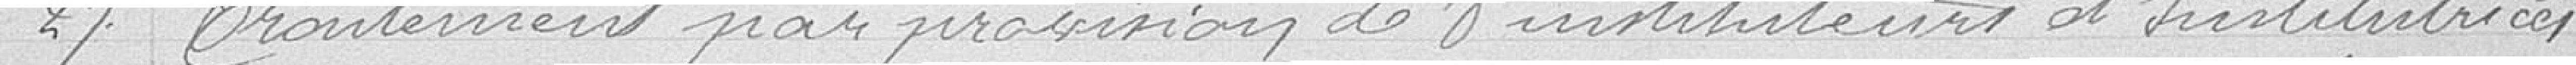
27 Traitement par provision de 8 instituteurs et institutrices